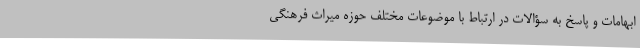
ابهامات و پاسخ به سؤالات در ارتباط با موضوعات مختلف حوزه میراث فرهنگی